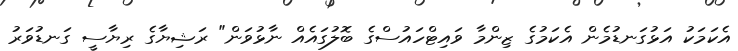
އެކަމަކު އަޅުގަނޑުމެން އެކަމުގެ ޒިންމާ ވައިޓްހައުސްގެ ބޮލުގައެއް ނާޅުވަން" ރަޝިޔާގެ ރިޔާސީ ގަނޑުވަރު